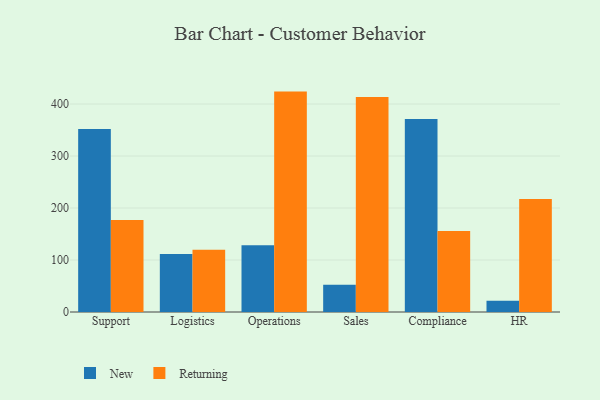
{"axis": {"x": "Department", "y": "Population (Million)"}, "legend": ["New", "Returning"], "data": [{"x": "Support", "y": 351.9, "type": "New"}, {"x": "Support", "y": 176.8, "type": "Returning"}, {"x": "Logistics", "y": 111.6, "type": "New"}, {"x": "Logistics", "y": 119.6, "type": "Returning"}, {"x": "Operations", "y": 128.6, "type": "New"}, {"x": "Operations", "y": 423.9, "type": "Returning"}, {"x": "Sales", "y": 52.4, "type": "New"}, {"x": "Sales", "y": 413.3, "type": "Returning"}, {"x": "Compliance", "y": 371.0, "type": "New"}, {"x": "Compliance", "y": 155.8, "type": "Returning"}, {"x": "HR", "y": 21.7, "type": "New"}, {"x": "HR", "y": 217.3, "type": "Returning"}]}